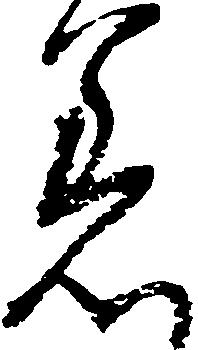
着